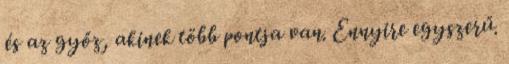
és az győz, akinek több pontja van. Ennyire egyszerű.